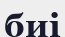
биі